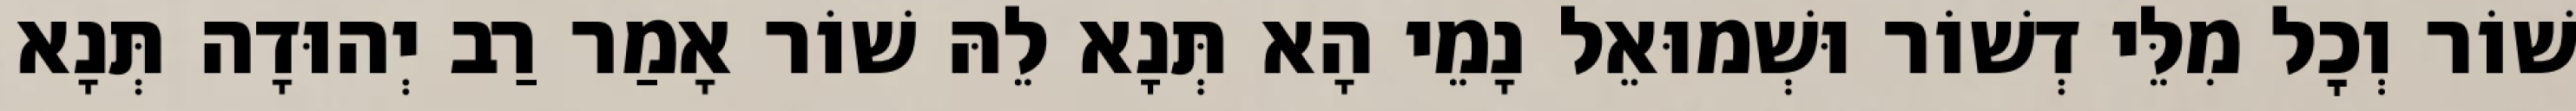
שׁוֹר וְכׇל מִלֵּי דְשׁוֹר וּשְׁמוּאֵל נָמֵי הָא תְּנָא לֵהּ שׁוֹר אָמַר רַב יְהוּדָה תְּנָא